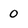
Character: 0